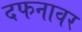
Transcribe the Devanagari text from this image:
दफनावर